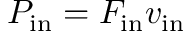
P _ { \mathrm { i n } } = F _ { \mathrm { i n } } v _ { \mathrm { i n } }